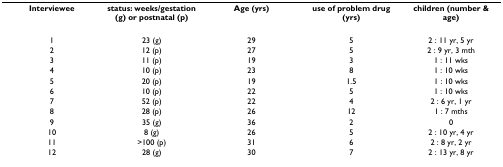
<table><thead><tr><td><b>Interviewee</b></td><td><b>status: weeks/gestation (g) or postnatal (p)</b></td><td><b>Age (yrs)</b></td><td><b>use of problem drug (yrs)</b></td><td><b>children (number &amp; age)</b></td></tr></thead><tbody><tr><td>1</td><td>23 (g)</td><td>29</td><td>5</td><td>2 : 11 yr, 5 yr</td></tr><tr><td>2</td><td>12 (p)</td><td>27</td><td>5</td><td>2 : 9 yr, 3 mth</td></tr><tr><td>3</td><td>11 (p)</td><td>19</td><td>3</td><td>1 : 11 wks</td></tr><tr><td>4</td><td>10 (p)</td><td>23</td><td>8</td><td>1 : 10 wks</td></tr><tr><td>5</td><td>20 (p)</td><td>19</td><td>1.5</td><td>1 : 10 wks</td></tr><tr><td>6</td><td>10 (p)</td><td>22</td><td>5</td><td>1 : 10 wks</td></tr><tr><td>7</td><td>52 (p)</td><td>22</td><td>4</td><td>2 : 6 yr, 1 yr</td></tr><tr><td>8</td><td>28 (p)</td><td>26</td><td>12</td><td>1 : 7 mths</td></tr><tr><td>9</td><td>35 (g)</td><td>36</td><td>2</td><td>0</td></tr><tr><td>10</td><td>8 (g)</td><td>26</td><td>5</td><td>2 : 10 yr, 4 yr</td></tr><tr><td>11</td><td>&gt;100 (p)</td><td>31</td><td>6</td><td>2 : 8 yr, 2 yr</td></tr><tr><td>12</td><td>28 (g)</td><td>30</td><td>7</td><td>2 : 13 yr, 8 yr</td></tr></tbody></table>